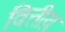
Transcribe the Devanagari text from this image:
वित्तीय़